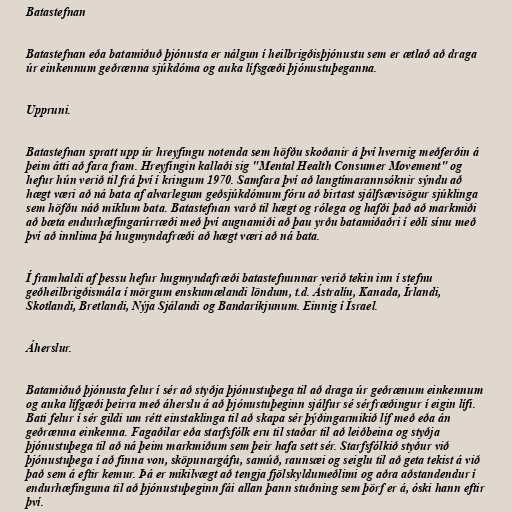
Batastefnan

Batastefnan eða batamiðuð þjónusta er nálgun í heilbrigðisþjónustu sem er ætlað að draga
úr einkennum geðrænna sjúkdóma og auka lífsgæði þjónustuþeganna.

Uppruni.

Batastefnan spratt upp úr hreyfingu notenda sem höfðu skoðanir á því hvernig meðferðin á
þeim átti að fara fram. Hreyfingin kallaði sig "Mental Health Consumer Movement" og
hefur hún verið til frá því í kringum 1970. Samfara því að langtímarannsóknir sýndu að
hægt væri að ná bata af alvarlegum geðsjúkdómum fóru að birtast sjálfsævisögur sjúklinga
sem höfðu náð miklum bata. Batastefnan varð til hægt og rólega og hafði það að markmiði
að bæta endurhæfingarúrræði með því augnamiði að þau yrðu batamiðaðri í eðli sínu með
því að innlima þá hugmyndafræði að hægt væri að ná bata.

Í framhaldi af þessu hefur hugmyndafræði batastefnunnar verið tekin inn í stefnu
geðheilbrigðismála í mörgum enskumælandi löndum, t.d. Ástralíu, Kanada, Írlandi,
Skotlandi, Bretlandi, Nýja Sjálandi og Bandaríkjunum. Einnig í Ísrael.

Áherslur.

Batamiðuð þjónusta felur í sér að styðja þjónustuþega til að draga úr geðrænum einkennum
og auka lífgæði þeirra með áherslu á að þjónustuþeginn sjálfur sé sérfræðingur í eigin lífi.
Bati felur í sér gildi um rétt einstaklinga til að skapa sér þýðingarmikið líf með eða án
geðrænna einkenna. Fagaðilar eða starfsfólk eru til staðar til að leiðbeina og styðja
þjónustuþega til að ná þeim markmiðum sem þeir hafa sett sér. Starfsfólkið styður við
þjónustuþega í að finna von, sköpunargáfu, samúð, raunsæi og seiglu til að geta tekist á við
það sem á eftir kemur. Þá er mikilvægt að tengja fjölskyldumeðlimi og aðra aðstandendur í
endurhæfinguna til að þjónustuþeginn fái allan þann stuðning sem þörf er á, óski hann eftir
því.